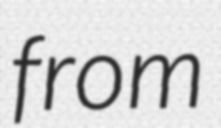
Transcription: from